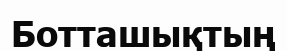
Ботташықтың